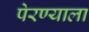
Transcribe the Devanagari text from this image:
पेरण्याला